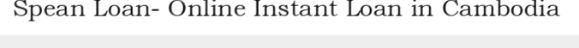
Spean Loan- Online Instant Loan in Cambodia